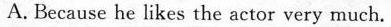
A. Because he likes the actor very much.